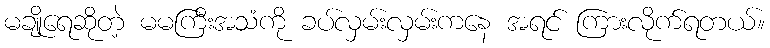
မချိုရေဆိုတဲ့ မမကြီးအသံကို ခပ်လှမ်းလှမ်းကနေ အရင် ကြားလိုက်ရတယ်။